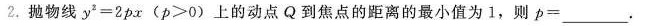
2. 抛物线 $$y ^ { 2 } = 2 p x ( p ≥ 0 )$$ 上的动点 Q 到焦点的距离的最小值为 1，则$$p =___$$.